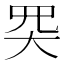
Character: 𡗽